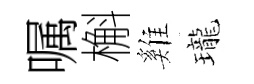
嘱槲雞瓏